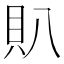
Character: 𧴩